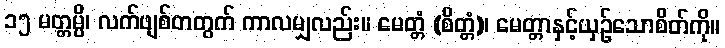
၁၅ မတ္တမ္ပိ၊ လက်ဖျစ်တတွက် ကာလမျှလည်း။ မေတ္တံ (စိတ္တံ)၊ မေတ္တာနှင့်ယှဉ်သောစိတ်ကို။